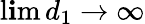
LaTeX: \operatorname*{l\mathbf{i}m}d_{1}\to\infty